Madras marine plague regulations
Disease focus: Plague
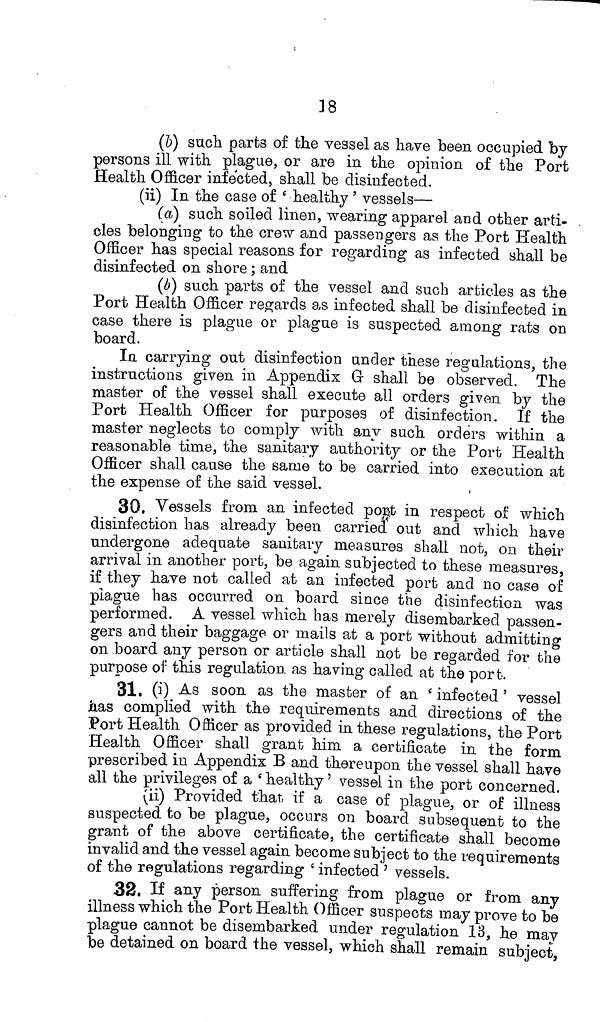
18
(b) such parts of the vessel as have been occupied by
persons ill with plague, or are in the opinion of the Port
Health Officer infected, shall be disinfected,
(ii) In the case of 'healthy' vessels—
(a) such soiled linen, wearing apparel and other arti-
cles belonging to the crew and passengers as the Port Health
Officer has special reasons for regarding as infected shall be
disinfected on shore; and
(b) such parts of the vessel and such articles as the
Port Health Officer regards as infected shall be disinfected in
case there is plague or plague is suspected among rats on
board.
In carrying out disinfection under these regulations, the
instructions given in Appendix G shall be observed. The
master of the vessel shall execute all orders given by the
Port Health Officer for purposes of disinfection. If the
master neglects to comply with any such orders within a
reasonable time, the sanitary authority or the Port Health
Officer shall cause the same to be carried into execution at
the expense of the said
vessel.
30. Vessels from an infected port in respect of which
disinfection has already been carried out and which have
undergone adequate sanitary measures shall not, on their
arrival in another port, be again subjected to these measures,
if they have not called at an infected port and no case of
plague has occurred on board since the disinfection was
performed. A vessel which has merely disembarked passen-
gers and their baggage or mails at a port without admitting
on board any person or article shall not be regarded for the
purpose of this regulation as having called at the port.
31. (i) As soon as the master of an 'infected' vessel
has complied with the requirements and directions of the
Port Health Officer as provided in these regulations, the Port
Health Officer shall grant him. a certificate in the form
prescribed in Appendix B and thereupon the vessel shall have
all the privileges of a 'healthy' vessel in the port concerned.
(ii) Provided that if a case of plague, or of illness
suspected to be plague, occurs on board subsequent to the
grant of the above certificate, the certificate shall become
invalid and the vessel again become subject to the requirements
of the regulations regarding 'infected' vessels.
32. If any person suffering from plague or from any
illness which the Port Health Officer suspects may prove to be
plague cannot be disembarked under regulation 13, he mav
be detained on board the vessel, which shall remain subject,